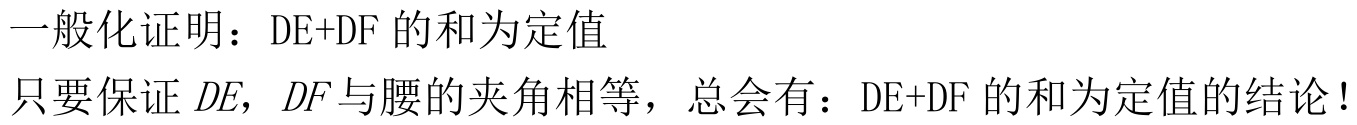
一般化证明：\(DE + DF\) 的和为定值
只要保证 \(DE\)，\(DF\) 与腰的夹角相等，总会有：\(DE + DF\) 的和为定值的结论！